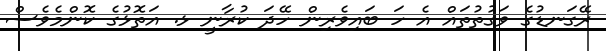
ރޭގަނޑުގެ ވަގުތުތައް އެ ހަ ބައިވެރިން ހޭދަ ކުރާނީ ޅ. އަތޮޅުގެ ކޮންމެވެސް